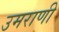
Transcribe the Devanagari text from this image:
उमराणी